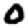
Digit: 0